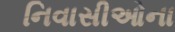
નિવાસીઓના